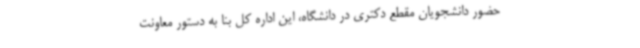
حضور دانشجویان مقطع دکتری در دانشگاه، این اداره کل بنا به دستور معاونت